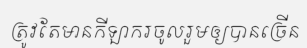
ត្រូវតែមានកីឡាករចូលរួមឲ្យបានច្រើន